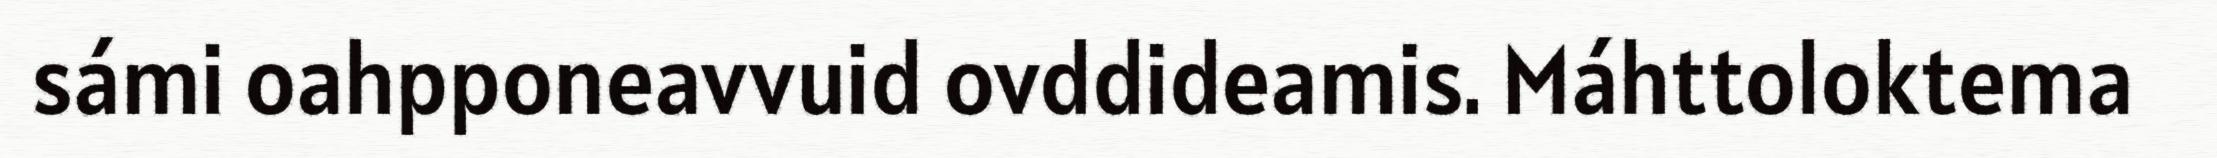
sámi oahpponeavvuid ovddideamis. Máhttoloktema